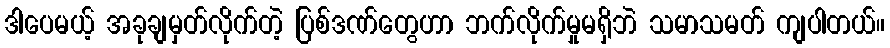
ဒါပေမယ့် အခုချမှတ်လိုက်တဲ့ ပြစ်ဒဏ်တွေဟာ ဘက်လိုက်မှုမရှိဘဲ သမာသမတ် ကျပါတယ်။